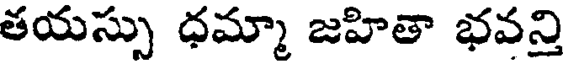
తయస్సు ధమ్మా జహితా భవన్తి